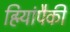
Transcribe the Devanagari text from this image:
हिर्‍यांपैकी